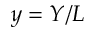
y = Y / L